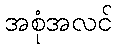
အစုံအလင်